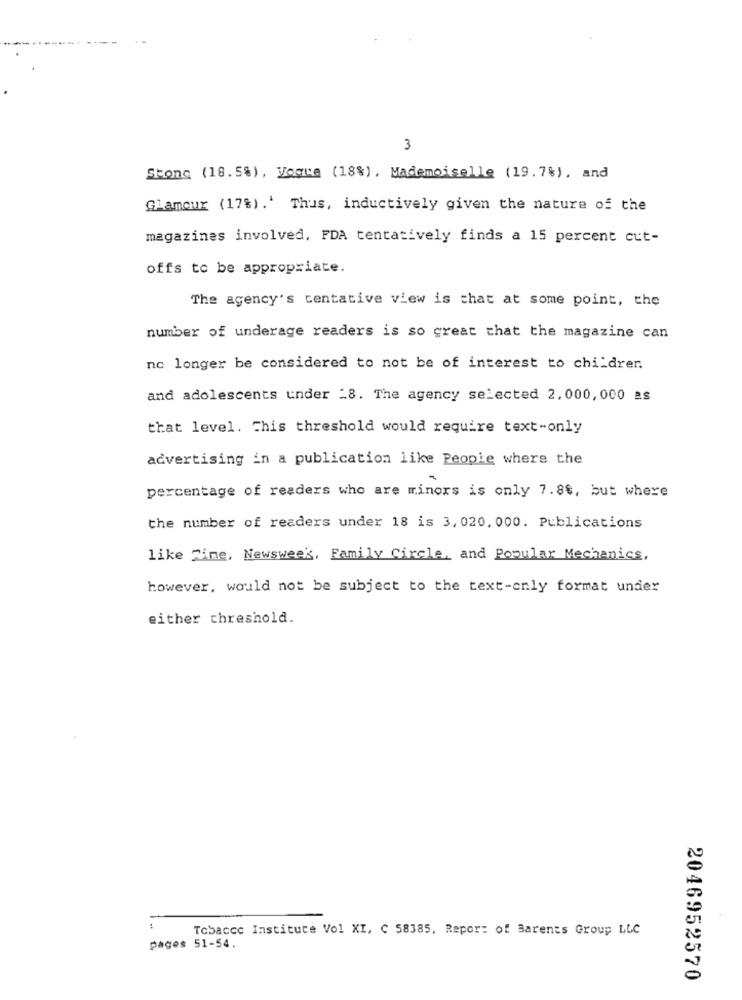
3
Stone (18.5%), Vogue (18%), Mademoiselle (19.7%), and
Glamour (17%).' Thus, inductively given the nature of the
magazines involved, FDA tentatively finds a 15 percent cut-
offs to be appropriate.
The agency's tentative view is that at some point, the
number of underage readers is so great that the magazine can
no longer be considered to not be of interest to children
and adolescents under -8. The agency selected 2,000, 000 as
that level. This threshold would require text-only
advertising in a publication like People where the
percentage of readers who are minors is only 7.88, but where
the number of readers under 18 is 3, 020. 000. Publications
like Time, Newsweek, Family Circle, and Popular Mechanics,
however, would not be subject to the text-only format under
either threshold.
Tobacco Institute Vol XI, C 58385, Report of Barents Group LLC
pages 51-54.
2046952570